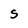
Character: S